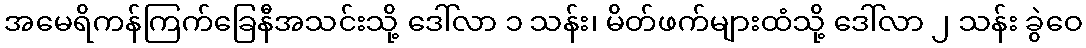
အမေရိကန်ကြက်ခြေနီအသင်းသို့ ဒေါ်လာ ၁ သန်း၊ မိတ်ဖက်များထံသို့ ဒေါ်လာ ၂ သန်း ခွဲဝေ